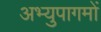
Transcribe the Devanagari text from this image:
अभ्युपागमों